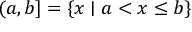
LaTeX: ( a , b ] = \{ x \mid a < x \leq b \}